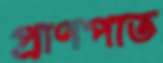
প্রাণপাত